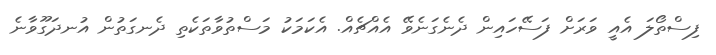
ފިސްތޯލަ އެއީ ވަރަށް ފަސޭހައިން ދެނެގަނެވޭ އެއްޗެއް. އެކަމަކު މަސްތުވާތަކެތި ދެނގަތުން އުނދަގޫވާނެ